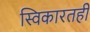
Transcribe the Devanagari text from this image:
स्विकारतही